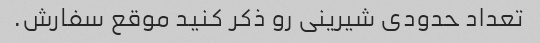
تعداد حدودی شیرینی رو ذکر کنید موقع سفارش.